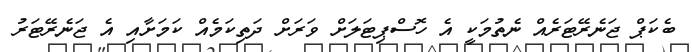
ބެކަޕް ޖަނެރޭޓަރެއް ނެތުމަކީ އެ ހޮސްޕިޓަލަށް ވަރަށް ދަތިކަމެއް ކަމަށާއި އެ ޖަނެރޭޓަރު